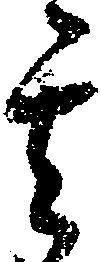
其